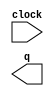
module cnt_div (
	clock,
	q);

	input	  clock;
	output	[25:0]  q;

endmodule